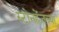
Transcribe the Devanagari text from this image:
स्टोनहेंजच्या